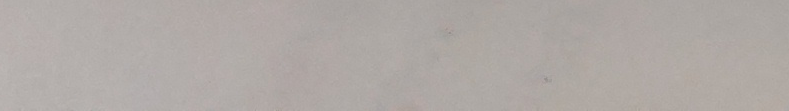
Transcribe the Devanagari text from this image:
श्री ५५